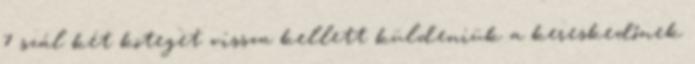
7 szál két köteget vissza kellett küldeniük a kereskedőnek